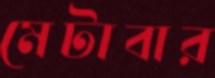
মেটাবার